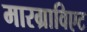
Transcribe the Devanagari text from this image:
मारग्राविएट